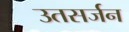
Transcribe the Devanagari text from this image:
उतसर्जन